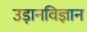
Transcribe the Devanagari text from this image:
उड़ानविज्ञान